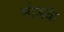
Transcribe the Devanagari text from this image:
मोडके